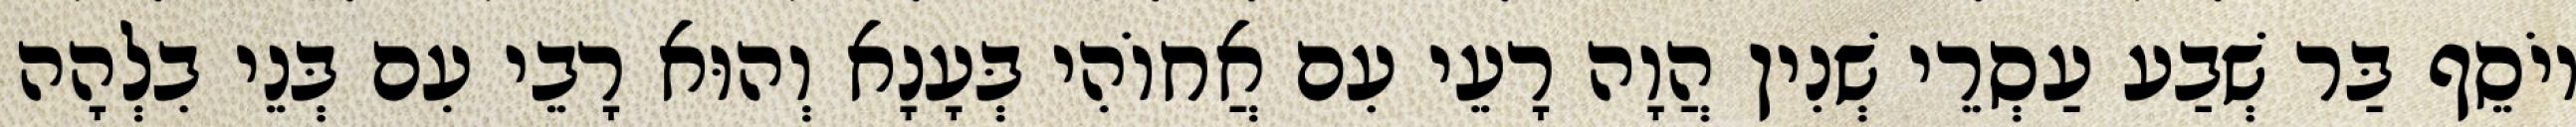
יוֹסֵף בַּר שְׁבַע עַסְרֵי שְׁנִין הֲוָה רָעֵי עִם אֲחוֹהִי בְּעָנָא וְהוּא רָבֵי עִם בְּנֵי בִלְהָה